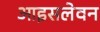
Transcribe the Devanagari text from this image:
आइसलेवन